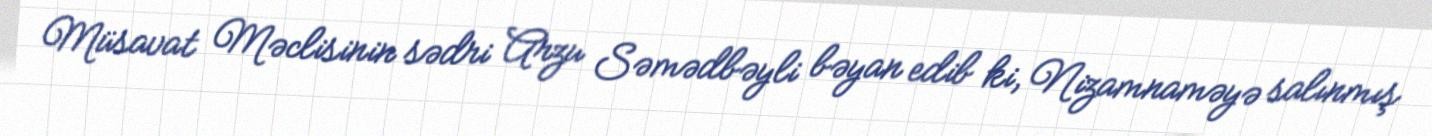
Müsavat Məclisinin sədri Arzu Səmədbəyli bəyan edib ki, Nizamnaməyə salınmış